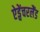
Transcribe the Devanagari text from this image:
ऐड्वेंचरलैंड